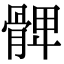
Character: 𩩙